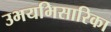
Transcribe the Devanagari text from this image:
उभयभिसारिका